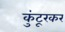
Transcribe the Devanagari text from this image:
कुंटूरकर